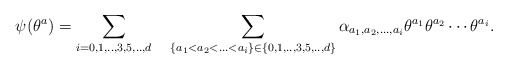
\begin{align*}\psi (\theta^a) = \sum_{i=0,1,..,3,5,..,d} \quad \sum_{\{ a_1< a_2<...<a_i\}\in \{0,1,..,3,5,..,d\} } \alpha_{a_1, a_2,...,a_i}\theta^{a_1} \theta^{a_2} \cdots \theta^{a_i}. \end{align*}